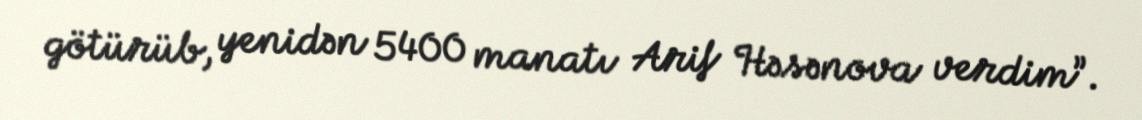
götürüb, yenidən 5400 manatı Arif Həsənova verdim”.